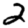
Digit: 2